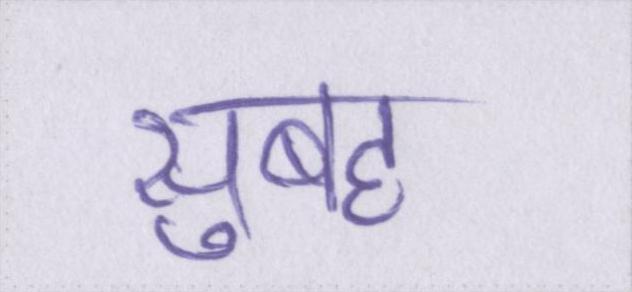
सुबह